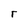
Character: r